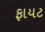
ફાયટ